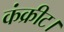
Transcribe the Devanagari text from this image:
कंक्रीट।